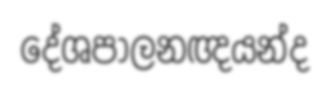
දේශපාලනඥයන්ද